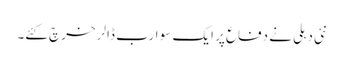
نئی دہلی نے دفاع پر ایک سو ارب ڈالر خرچ کئے۔